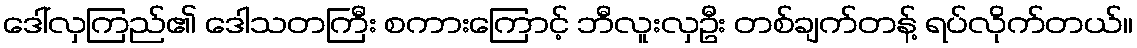
ဒေါ်လှကြည်၏ ဒေါသတကြီး စကားကြောင့် ဘီလူးလှဦး တစ်ချက်တန့် ရပ်လိုက်တယ်။